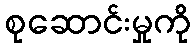
စုဆောင်းမှုကို